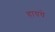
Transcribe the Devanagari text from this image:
हायचे